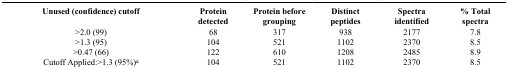
| Unused (confidence) cutoff | Protein detected | Protein before grouping | Distinct peptides | Spectra identified | % Total spectra |
 | --- | --- | --- | --- | --- | --- |
 | >2.0 (99) | 68 | 317 | 938 | 2177 | 7.8 |
 | >1.3 (95) | 104 | 521 | 1102 | 2370 | 8.5 |
 | >0.47 (66) | 122 | 610 | 1208 | 2485 | 8.9 |
 | Cutoff Applied:>1.3 (95%)a | 104 | 521 | 1102 | 2370 | 8.5 |